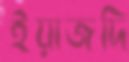
ইয়াজদি